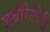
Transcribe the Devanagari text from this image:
लबोरेटोरी